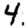
Digit: 4